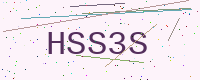
Text: HSS3S